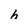
Character: h